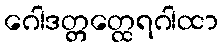
ဂေါဒတ္တတ္ထေရဂါထာ